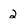
Character: 2